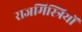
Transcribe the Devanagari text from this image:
राजमिस्त्रियों